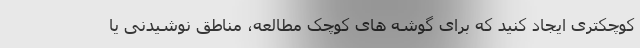
کوچکتری ایجاد کنید که برای گوشه های کوچک مطالعه، مناطق نوشیدنی یا